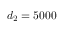
d _ { 2 } = 5 0 0 0